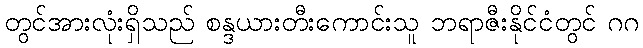
တွင်အားလုံးရှိသည် စန္ဒယားတီးကောင်းသူ ဘရာဇီးနိုင်ငံတွင် ဂဂ